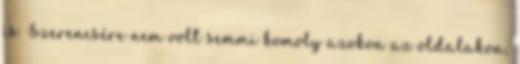
is. Szerencsére nem volt semmi komoly azokon az oldalakon,